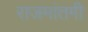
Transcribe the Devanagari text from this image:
राजमांतगी